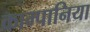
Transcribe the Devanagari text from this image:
काम्पानिया